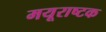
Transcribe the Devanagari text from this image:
मयूराष्टक